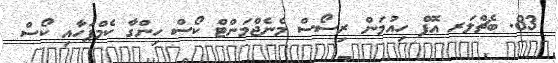
83. ބެޗްލަރ އޮފް ހިއުމަން ރިސޯސް މެނެޖްމަންޓް ކޯސް ހިންގާ ކެމްޕަހާއި ކޯސް